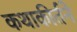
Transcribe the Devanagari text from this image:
कथाकीर्तने